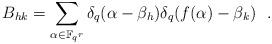
LaTeX: \begin{align*} B_{hk} = \sum_{\alpha \in \mathbb F_{q^r}} \delta_q(\alpha-\beta_h) \delta_q(f(\alpha)-\beta_k) ~~. \end{align*}